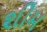
શીમ